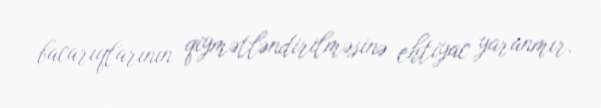
bacarıqlarının qiymətləndirilməsinə ehtiyac yaranmır.